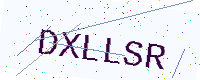
Text: DXLLSR